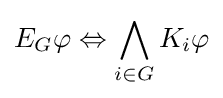
E_{G}\varphi \Leftrightarrow \bigwedge _{i\in G}K_{i}\varphi